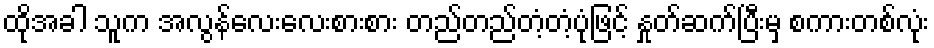
ထိုအခါ သူက အလွန်လေးလေးစားစား တည်တည်တံ့တံ့ပုံဖြင့် နှုတ်ဆက်ပြီးမှ စကားတစ်လုံး